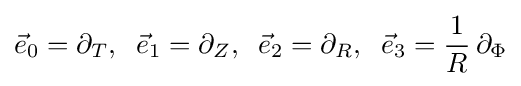
{\vec {e}}_{0}=\partial _{T},\;\;{\vec {e}}_{1}=\partial _{Z},\;\;{\vec {e}}_{2}=\partial _{R},\;\;{\vec {e}}_{3}={\frac {1}{R}}\,\partial _{\Phi }